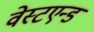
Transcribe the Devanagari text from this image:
वेस्टएन्ड